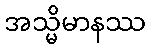
အသ္မိမာနဿ